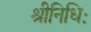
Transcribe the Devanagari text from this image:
श्रीनिधिः